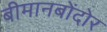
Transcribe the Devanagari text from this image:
बीमानबोंदोर